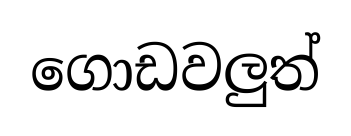
ගොඩවලුත්